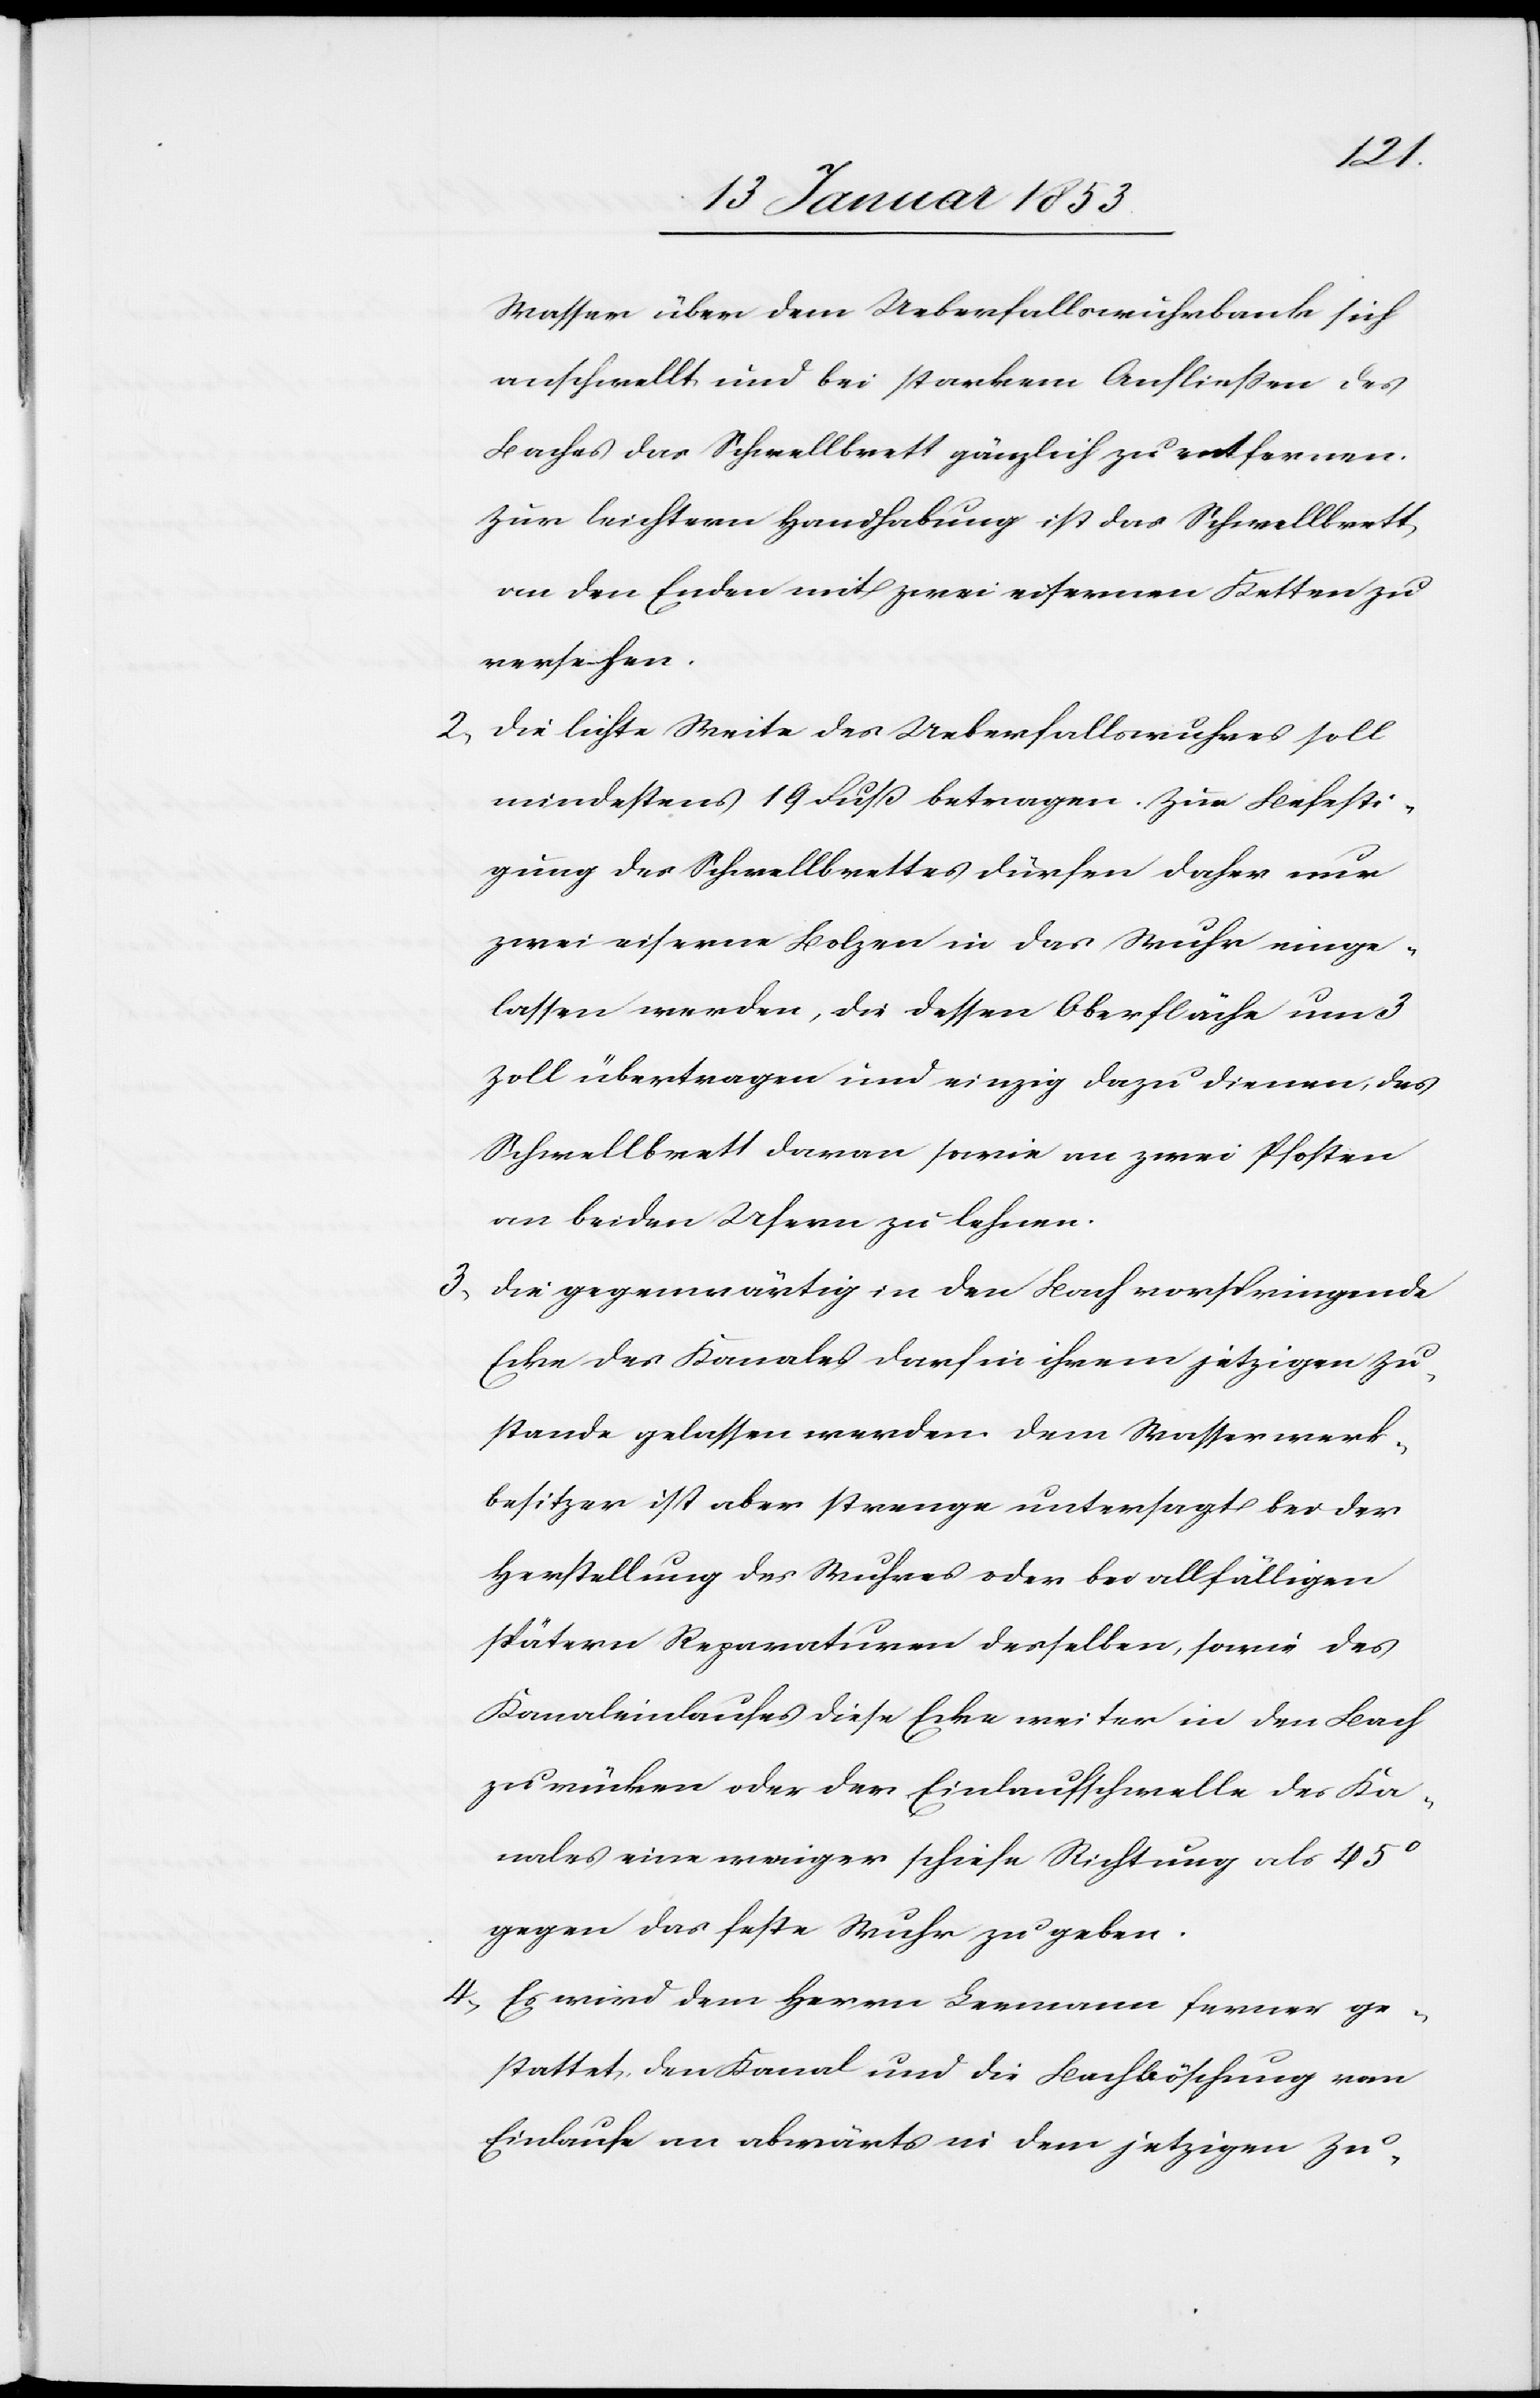
3.

lehnen.
Wasser über dem Ueberfallwuhrkanal sich
anschwellt und bei starkem Anfließen des
Baches das Schwellbrett gänzlich zu entfernen.
Zur leichtern Handhabung ist das Schwellbrett
an den Enden mit zwei eisernen Ketten zu
versehen.
2. Die lichte Weite des Ueberfallwuhres soll
mindestens 19 Fuß betragen. Zur Befesti¬
gung des Schwellbrettes dürfen daher nur
zwei eiserne Bolzen in das Wuhr einge¬
lassen werden, die dessen Oberfläche um 3
Zoll übertragen und einzig dazu dienen, das
Schwellbrett daran sowie an zwei Pfosten
Die gegenwärtig in den Bach vorspringende
Ecke des Kanales darf in ihrem jetzigen Zu¬
stande gelassen werden. Dem Wasserwerk¬
besitzer ist aber strenge untersagt bei der
Herstellung des Wuhres oder bei allfälligen
spätern Reparaturen derselben, sowie des
Kanaleinlaufes diese Ecke weiter in den Bach
zu rücken oder der Einlaufschwelle des Ka¬
nales eine weniger schiefe Richtung als 45º
gegen das feste Wuhr zu geben.
4. Es wird dem Herrn Leemann ferner ge¬
stattet, den Kanal und die Bachböschung vom
Einlaufe an abwärts in dem jetzigen Zu-